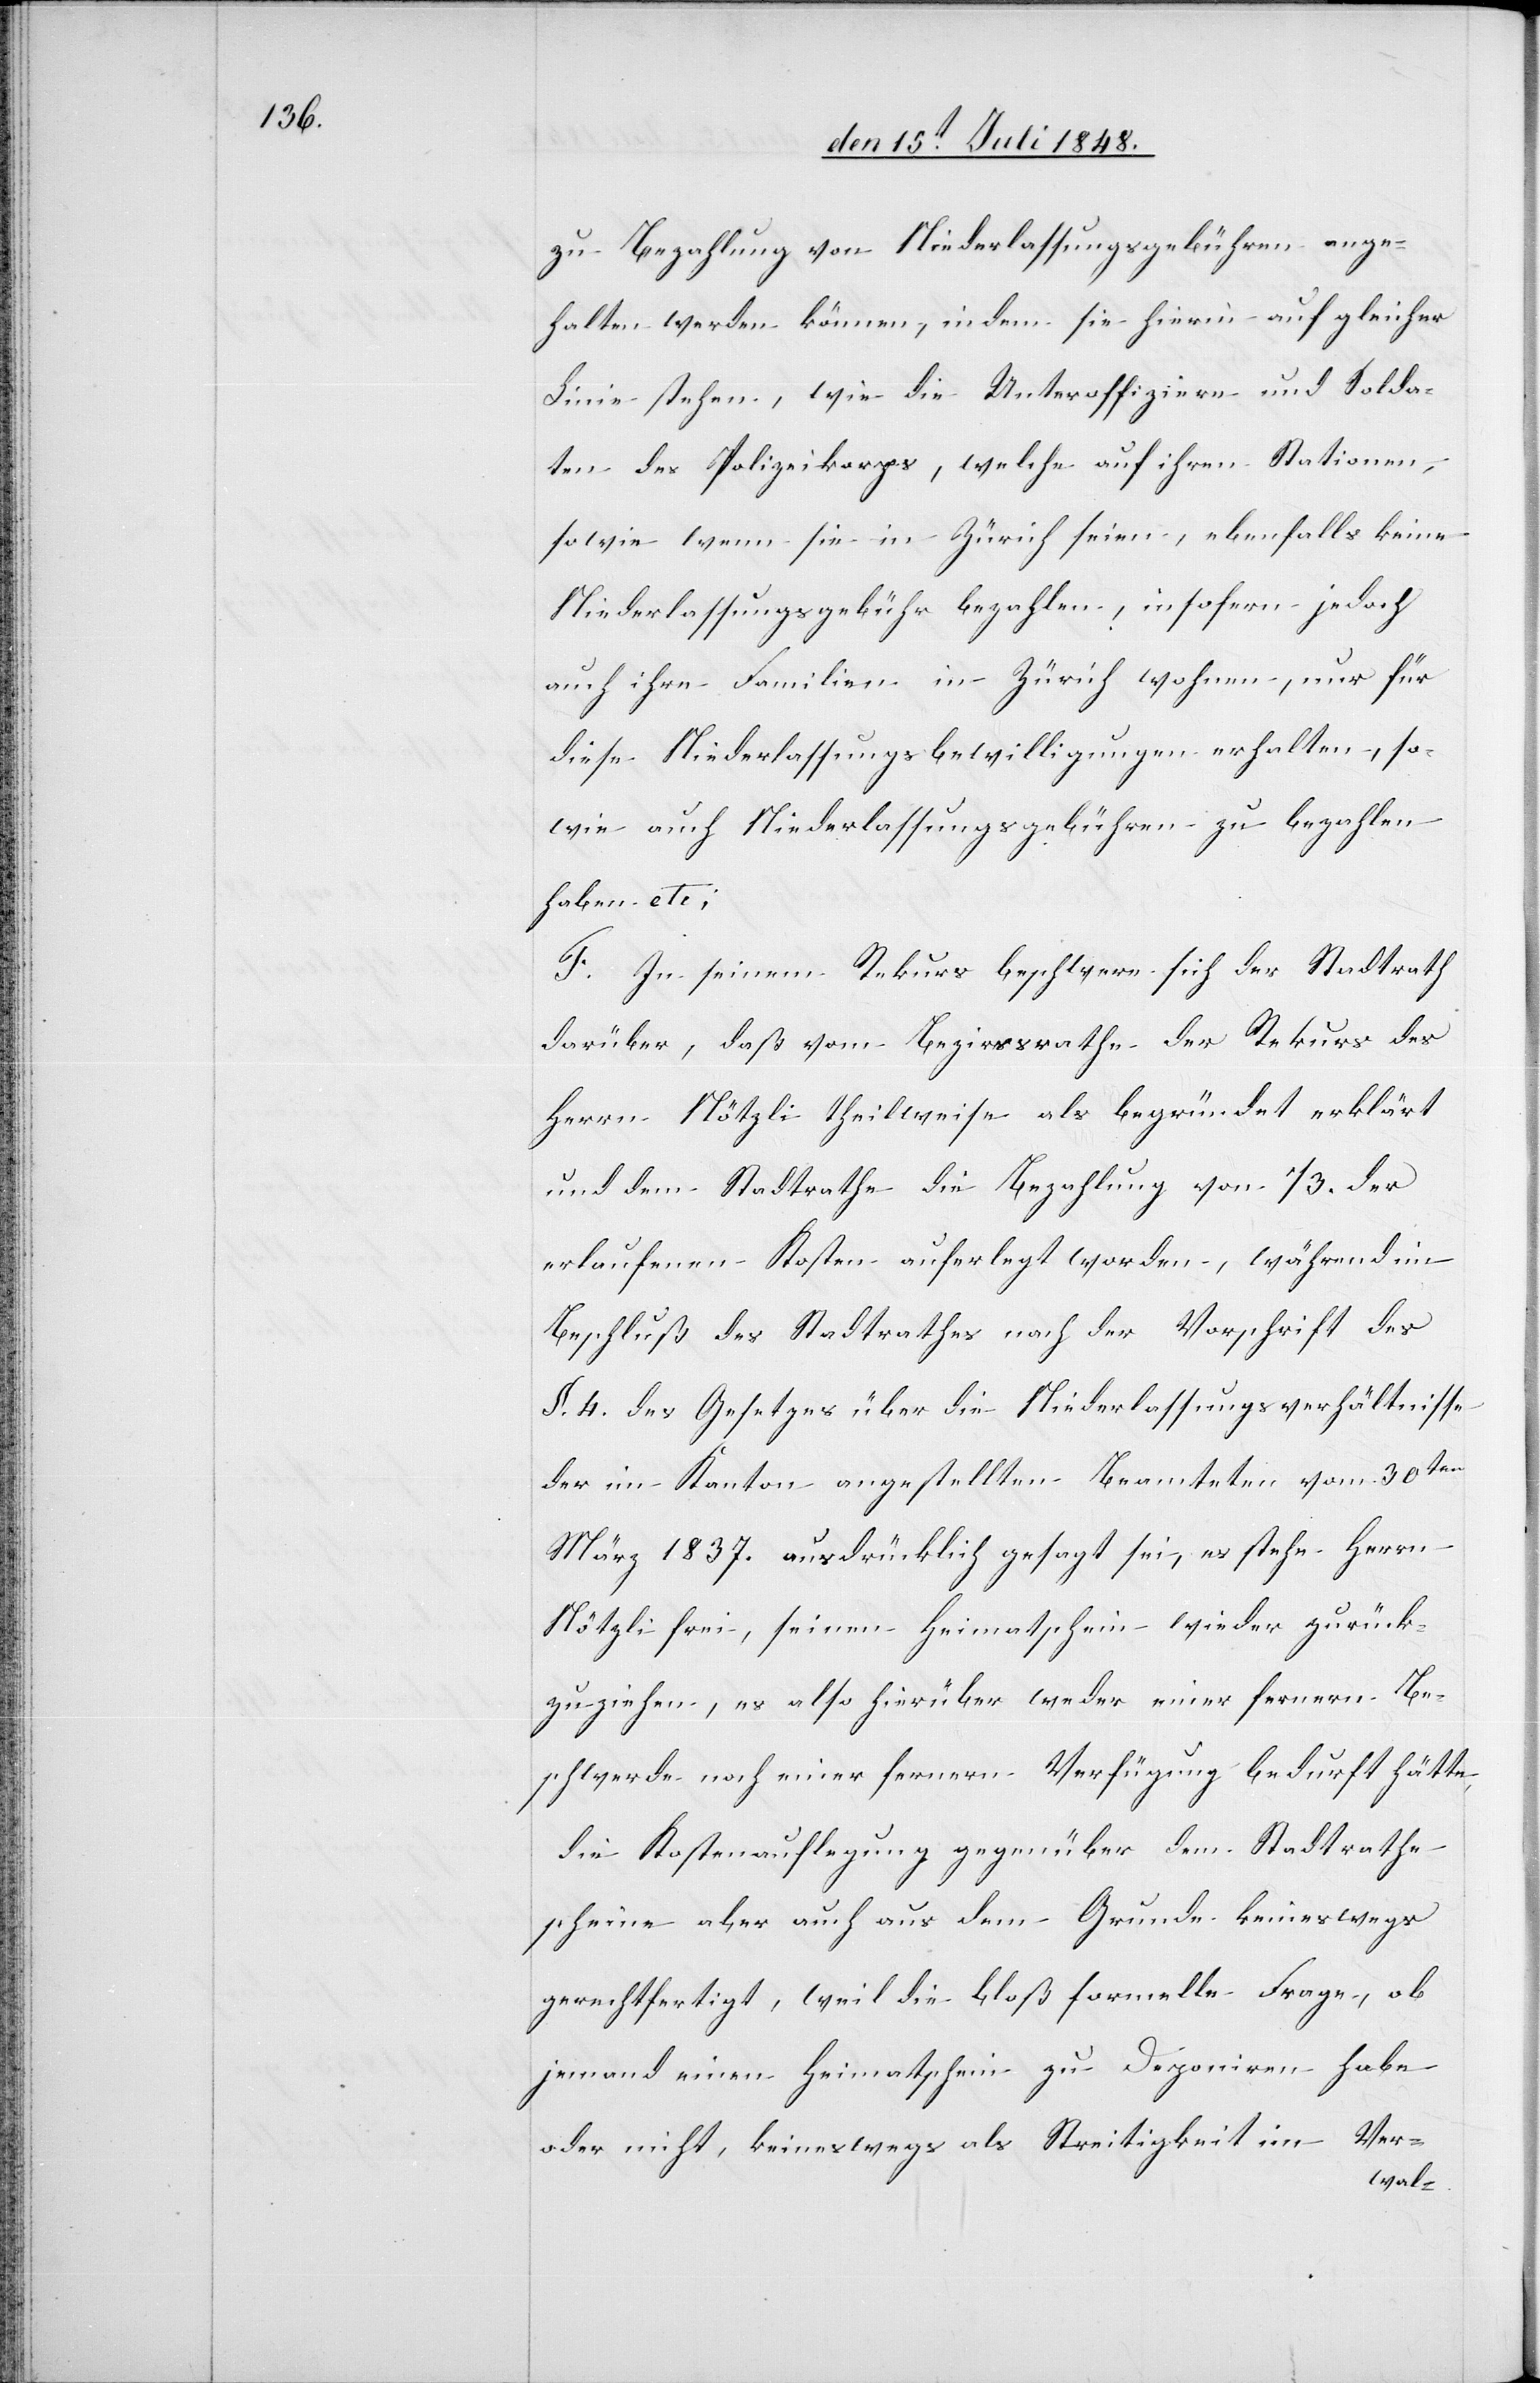
zu Bezahlung von Niederlassungsgebühren ange¬
halten werden können, indem sie hierin auf gleicher
Linie stehen, wie die Unteroffiziere und Solda¬
ten des Polizeikorps, welche auf ihren Stationen,
sowie wenn sie in Zürich seien, ebenfalls keine
Niederlassungsgebühr bezahlen, insofern jedoch
auch ihre Familien in Zürich wohnen, nur für
diese Niederlassungsbewilligungen erhalten, so¬
wie auch Niederlassungsgebühren zu bezahlen
haben.
F. In seinem Rekurs beschwere sich der Stadtrath
darüber, daß vom Bezirksrathe der Rekurs des
Herrn Nötzli theilweise als begründet erklärt
und dem Stadtrathe die Bezahlung von 1/3. der
erlaufenen Kosten auferlegt worden, während im
Beschluß des Stadtrathes nach der Vorschrift des
§. 4. des Gesetzes über die Niederlassungsverhältnisse
der im Kanton angestellten Beamteten vom 30ten
März 1837. ausdrücklich gesagt wie, es stehe Herrn
Nötzli frei, seinen Heimatschein wieder zurück¬
zuziehen, es also hierüber weder einer fernern Be¬
schwerde noch einer fernern Verfügung bedurft hätte,
die Kostenauflegung gegenüber dem Stadtrathe
scheine aber auch aus dem Grunde keineswegs
gerechtfertigt, weil die bloß formelle Frage, ob
jemand einen Heimatschein zu Deponiren habe
oder nicht, keineswegs als Streitigkeit im Ver-